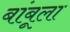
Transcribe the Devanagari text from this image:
बांबूला